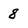
Character: 8